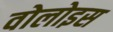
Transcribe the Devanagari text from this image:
वोलोइस